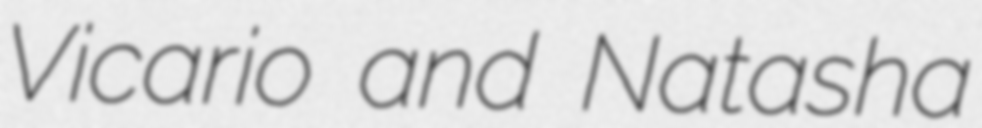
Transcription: Vicario and Natasha